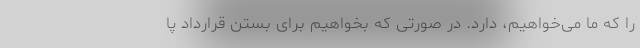
را که ما می‌خواهیم، دارد. در صورتی که بخواهیم برای بستن قرارداد پا